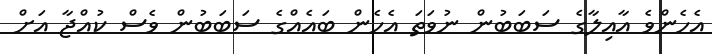
އެހެންވެ އާއިލާގެ ސަބަބުން ނުވަތަ އެހެން ބައެއްގެ ސަބަބުން ވެސް ކުއްޖާ އަށް